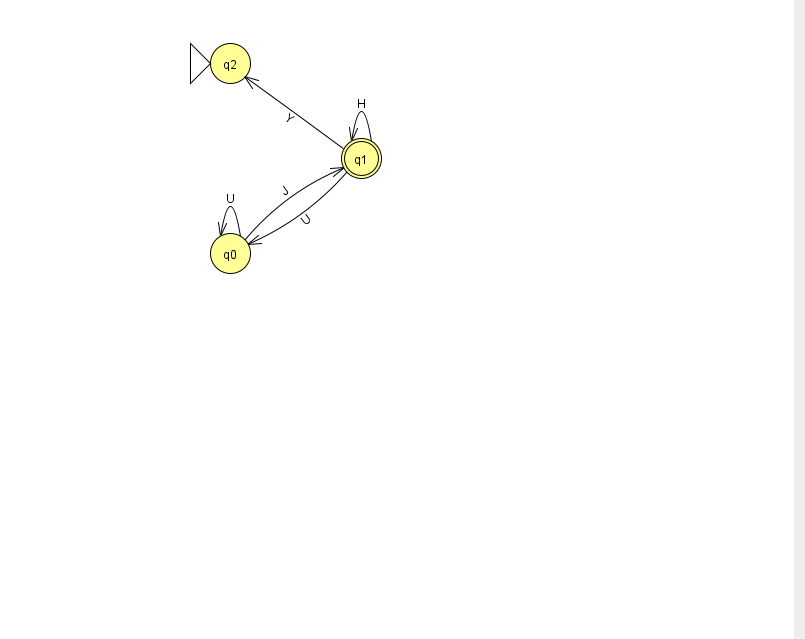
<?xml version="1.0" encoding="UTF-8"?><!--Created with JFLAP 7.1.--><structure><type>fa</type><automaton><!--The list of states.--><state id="0" name="q0"><x>230.0</x><y>240.0</y></state><state id="1" name="q1"><x>361.0</x><y>145.0</y><final/></state><state id="2" name="q2"><x>230.0</x><y>50.0</y><initial/></state><!--The list of transitions.--><transition><from>0</from><to>1</to><read>J</read></transition><transition><from>0</from><to>0</to><read>U</read></transition><transition><from>1</from><to>1</to><read>H</read></transition><transition><from>1</from><to>2</to><read>Y</read></transition><transition><from>1</from><to>0</to><read>U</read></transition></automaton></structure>